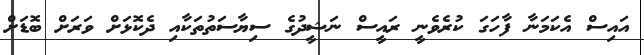
އައިސް އެކަމަނާ ފާހަގަ ކުރެވެނީ ރައީސް ނަޝީދުގެ ސިޔާސަތުތަކާއި ދެކޮޅަށް ވަރަށް ބޮޑަށް